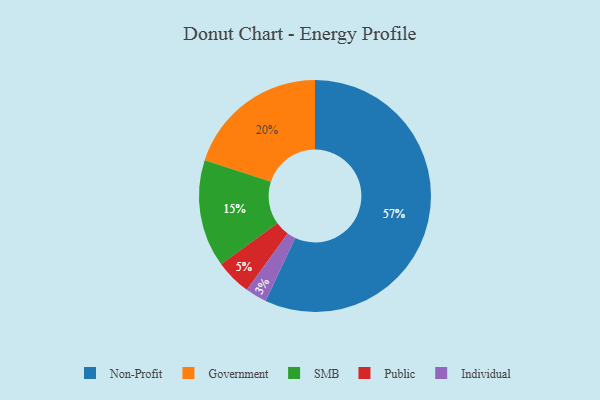
{"axis": {"x": "Category", "y": "Percentage"}, "legend": ["Government", "Individual", "Non-Profit", "Public", "SMB"], "data": [{"x": "Public", "y": 5, "type": "Public"}, {"x": "Government", "y": 20, "type": "Government"}, {"x": "Individual", "y": 3, "type": "Individual"}, {"x": "SMB", "y": 15, "type": "SMB"}, {"x": "Non-Profit", "y": 57, "type": "Non-Profit"}]}